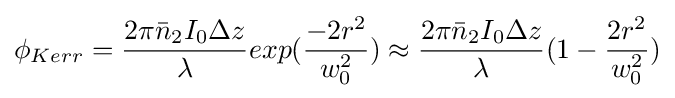
\phi _{Kerr}={2\pi {\bar {n}}_{2}I_{0}\Delta z \over \lambda }exp({-2r^{2} \over w_{0}^{2}})\approx {2\pi {\bar {n}}_{2}I_{0}\Delta z \over \lambda }(1-{2r^{2} \over w_{0}^{2}})